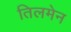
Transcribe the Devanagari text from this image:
तिलमेन